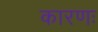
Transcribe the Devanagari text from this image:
कारणः